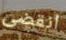
انقضى